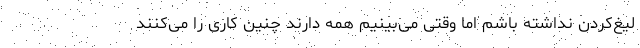
لیغ‌کردن نداشته باشم اما وقتی می‌بینیم همه دارند چنین کاری را می‌کنند